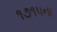
૧૭૧૫ના